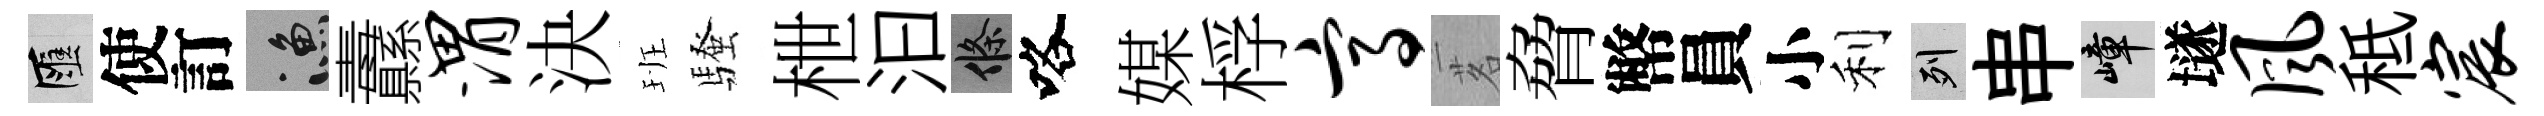
匯使訂漁纛渭決班騷枻汩條咯媒桴高茗脅幣員小利列串嶂𡑞风秪宸